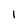
Character: I